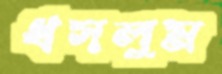
ধসলুম